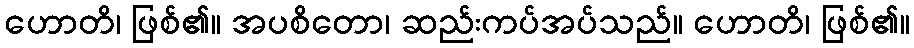
ဟောတိ၊ ဖြစ်၏။ အပစိတော၊ ဆည်းကပ်အပ်သည်။ ဟောတိ၊ ဖြစ်၏။